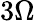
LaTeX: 3\Omega